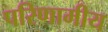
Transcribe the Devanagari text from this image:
परिणामीय